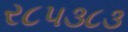
ર૮પ૩૮૩